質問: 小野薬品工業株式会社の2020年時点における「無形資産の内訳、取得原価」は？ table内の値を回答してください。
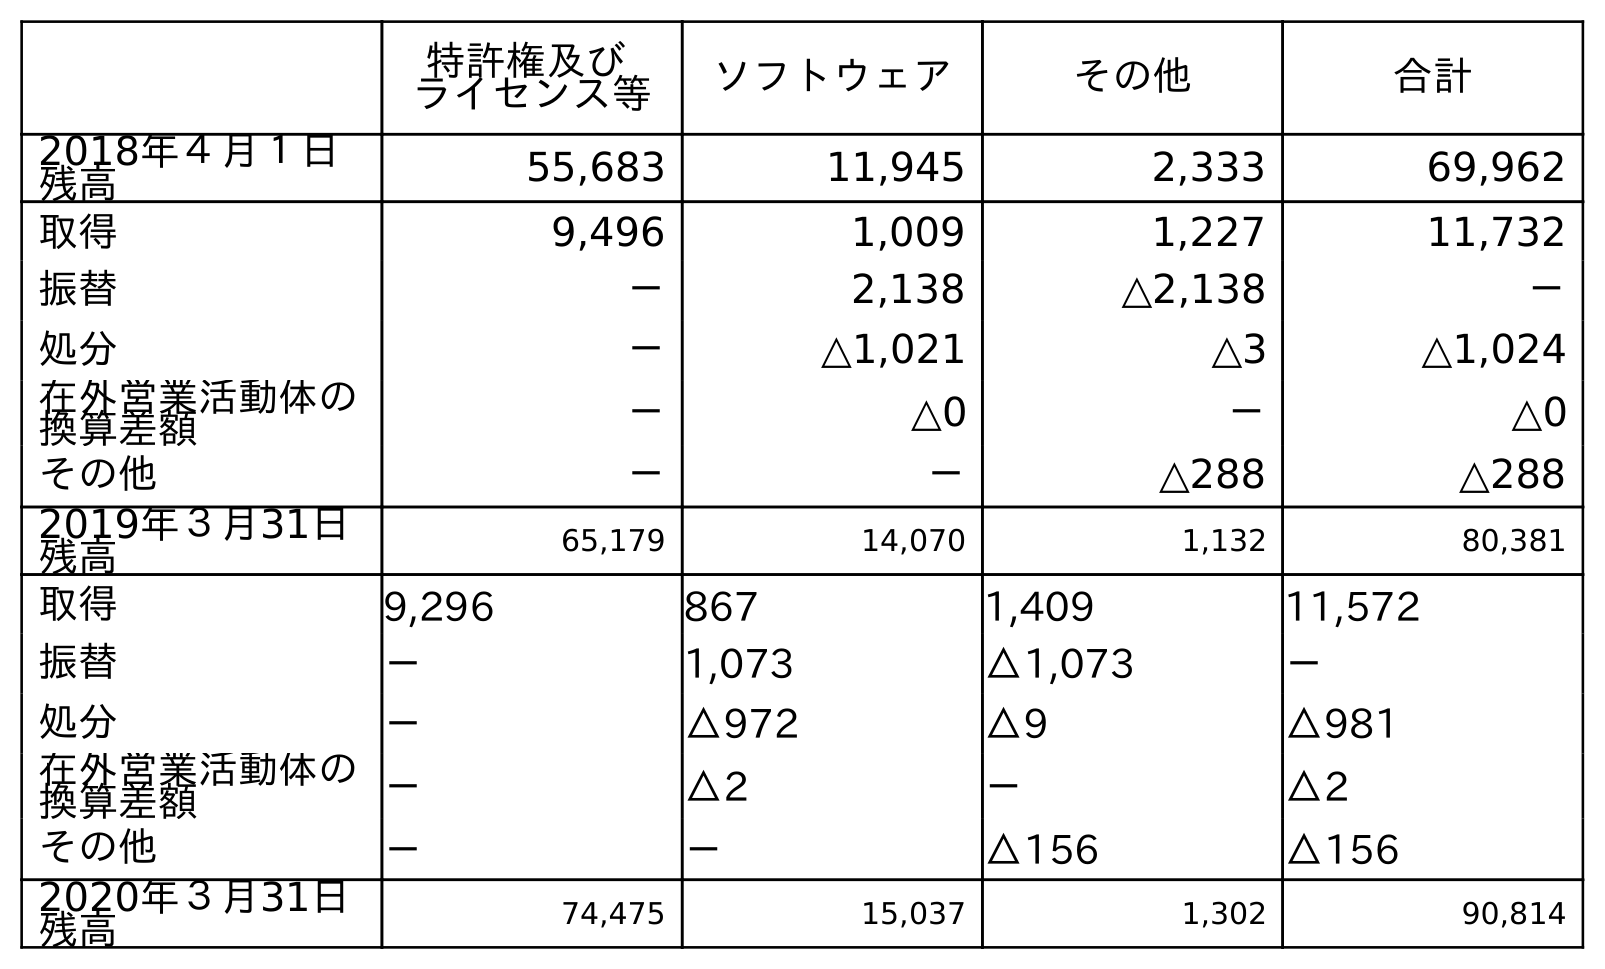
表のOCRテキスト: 特許権及び ライセンス等 ソフトウェア その他 合計 2018年４月１日 残高 55,683 11,945 2,333 69,962 取得 9,496 1,009 1,227 11,732 振替 － 2,138 △2,138 － 処分 － △1,021 △3 △1,024 在外営業活動体の 換算差額 － △0 － △0 その他 － － △288 △288 2019年３月31日 残高 65,179 14,070 1,132 80,381 取得 9,296 867 1,409 11,572 振替 － 1,073 △1,073 － 処分 － △972 △9 △981 在外営業活動体の 換算差額 － △2 － △2 その他 － － △156 △156 2020年３月31日 残高 74,475 15,037 1,302 90,814
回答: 90,814